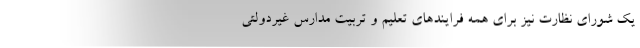
یک شورای نظارت نیز برای همه فرایندهای تعلیم و تربیت مدارس غیردولتی